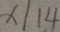
x / 1 4